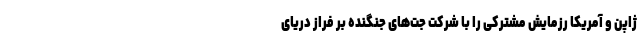
ژاپن و آمریکا رزمایش مشترکی را با شرکت جت‌های جنگنده بر فراز دریای